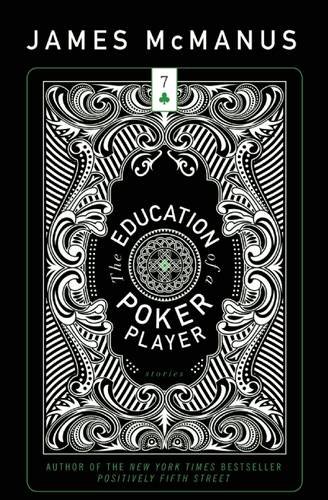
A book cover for The Education of a Poker Player (American Reader); James McManus; Humor & Entertainment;